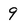
Character: 9